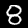
Label: 8